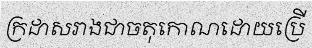
ក្រដាសរាងជាចតុកោណដោយប្រើ